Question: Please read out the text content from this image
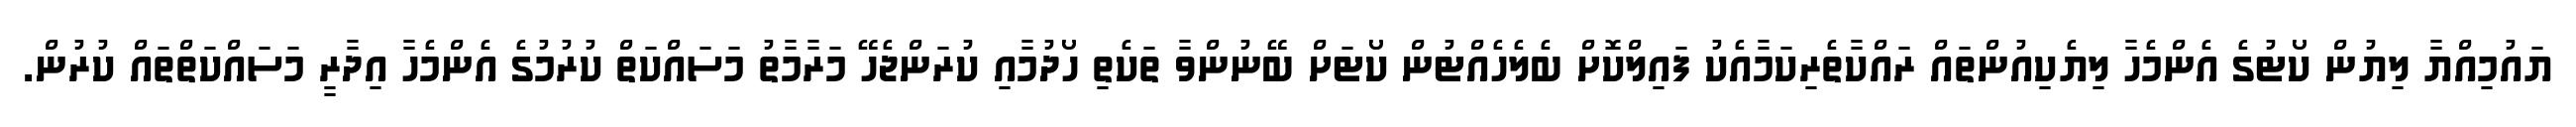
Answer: ޔައުމިއްޔާ ލިޔުން ކޯޓުގެ އެންމެހާ ލިޔެކިއުންތައް ރައްކާތެރިކަމާއެކު ފައިލްކޮށް ބެލެހެއްޓުން ކޯޓަށް ބޭނުންވާ ތަކެތި ހޯދުމާއި ކުރަންޖެހޭ މަރާމާތު މަސައްކަތް ކުރުމުގެ އެންމެހާ އިދާރީ މަސައްކަތްތައް ކުރުން.